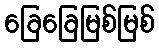
ခြေခြေမြစ်မြစ်